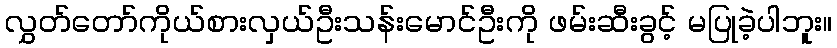
လွှတ်တော်ကိုယ်စားလှယ်ဦးသန်းမောင်ဦးကို ဖမ်းဆီးခွင့် မပြုခဲ့ပါဘူး။